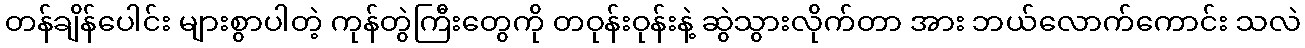
တန်ချိန်ပေါင်း များစွာပါတဲ့ ကုန်တွဲကြီးတွေကို တဝုန်းဝုန်းနဲ့ ဆွဲသွားလိုက်တာ အား ဘယ်လောက်ကောင်း သလဲ